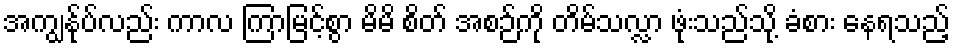
အကျွန်ုပ်လည်း ကာလ ကြာမြင့်စွာ မိမိ စိတ် အစဉ်ကို တိမ်သလ္လာ ဖုံးသည်သို့ ခံစား နေရသည့်